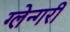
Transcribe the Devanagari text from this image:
ग्लेन्गरी